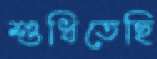
শুধিতেছি